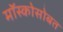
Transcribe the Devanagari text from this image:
मॉस्कोसोबत